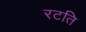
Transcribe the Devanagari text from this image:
रटति